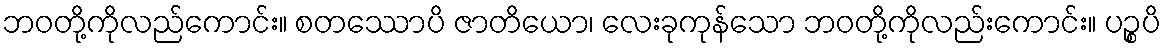
ဘဝတို့ကိုလည်ကောင်း။ စတဿောပိ ဇာတိယော၊ လေးခုကုန်သော ဘဝတို့ကိုလည်းကောင်း။ ပဉ္စပိ